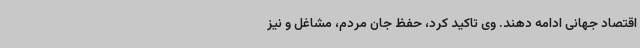
اقتصاد جهانی ادامه دهند. وی تاکید کرد، حفظ جان مردم، مشاغل و نیز